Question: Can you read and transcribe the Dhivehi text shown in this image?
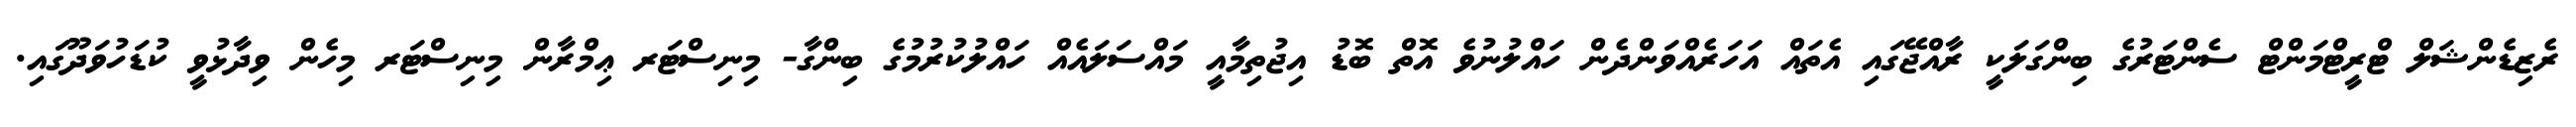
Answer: ރެޒިޑެންޝަލް ޓްރީޓްމަންޓް ސެންޓަރުގެ ބިންގަލަކީ ރާއްޖޭގައި އެތައް އަހަރެއްވަންދެން ހައްލުނުވެ އޮތް ބޮޑު އިޖުތިމާއީ މައްސަލައެއް ހައްލުކުރުމުގެ ބިންގާ- މިނިސްޓަރ ޢިމްރާން މިނިސްޓަރ މިހެން ވިދާޅުވީ ކުޑަހުވަދޫގައި.